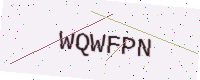
Text: WQWFPN